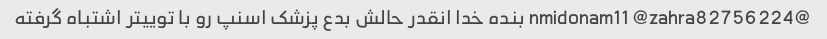
@nmidonam11 @zahra82756224 بنده خدا انقدر حالش بدع پزشک اسنپ رو با توییتر اشتباه گرفته